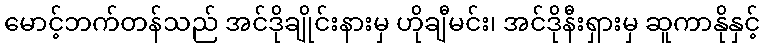
မောင့်ဘက်တန်သည် အင်ဒိုချိုင်းနားမှ ဟိုချီမင်း၊ အင်ဒိုနီးရှားမှ ဆူကာနိုနှင့်